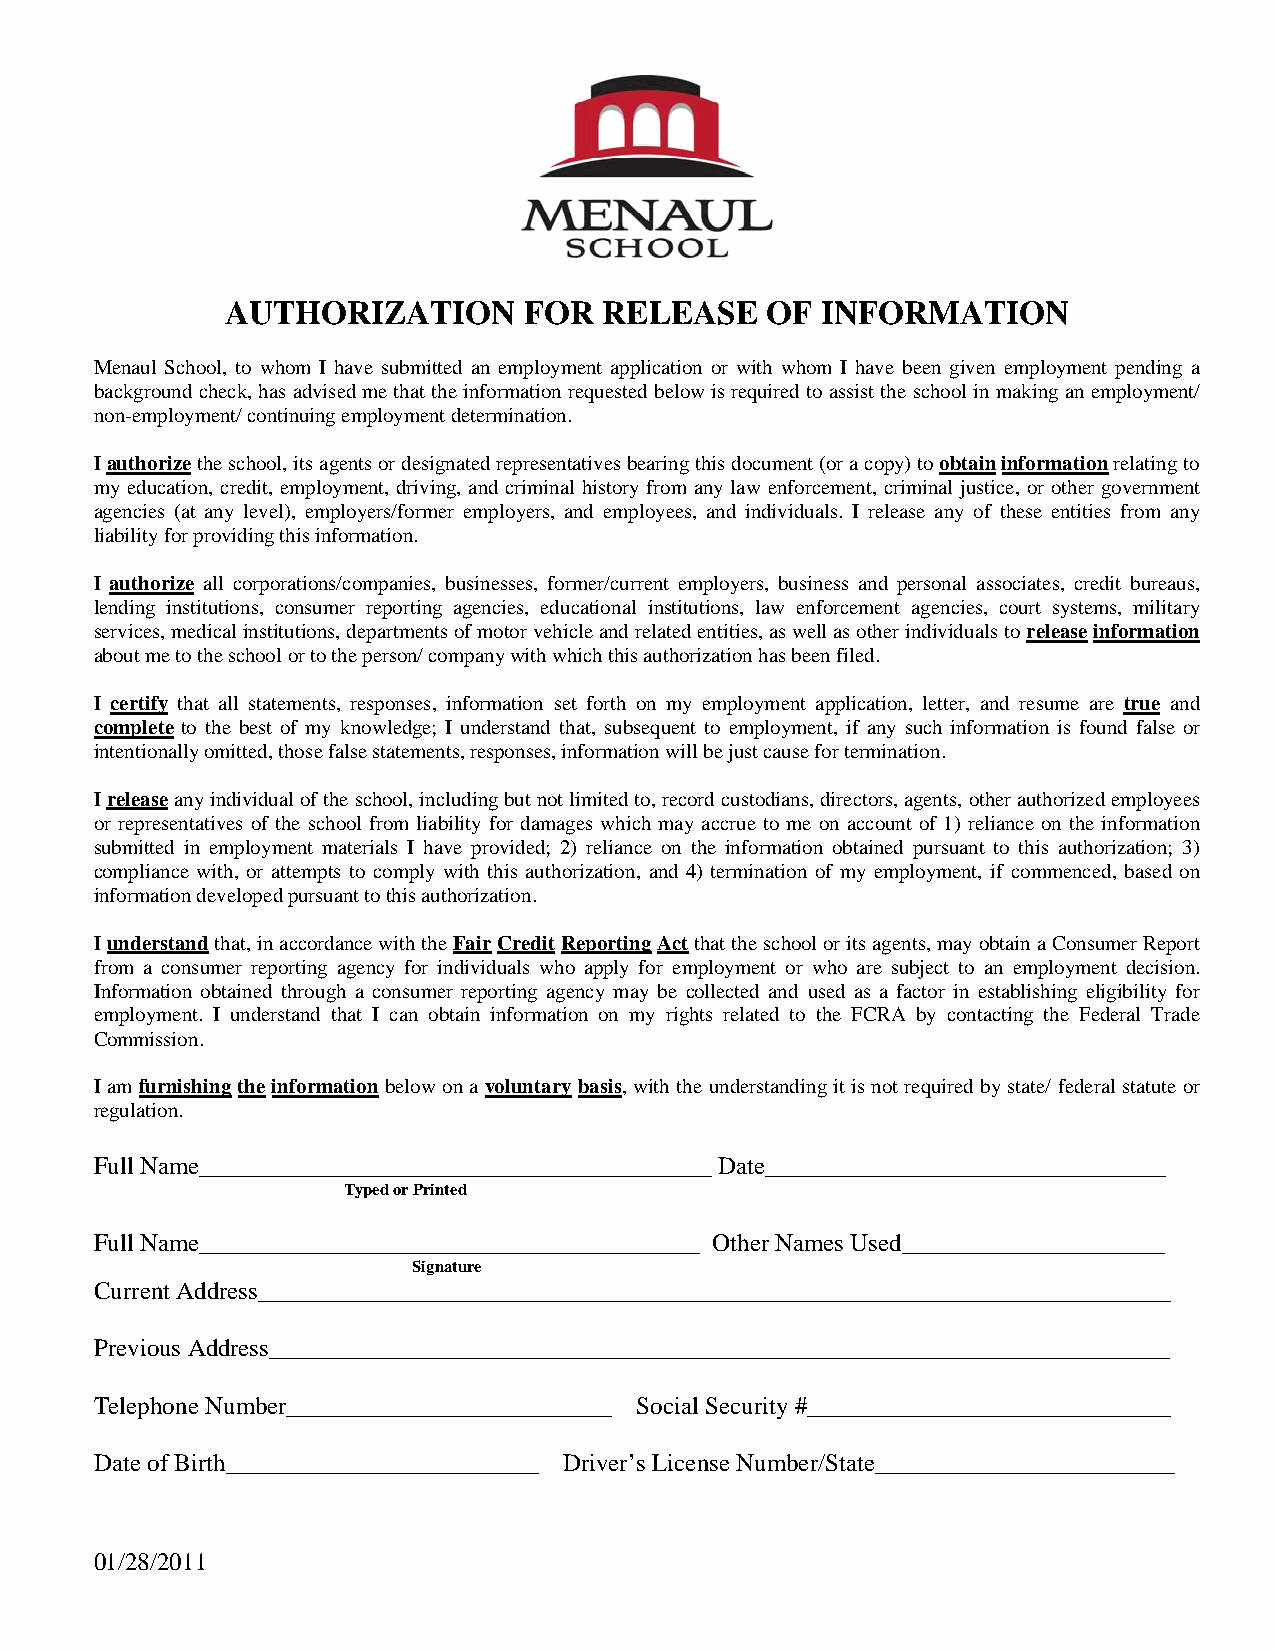
AUTHORIZATION       FOR  RELEASE    OF INFORMATION
 Menaul School, to whom I have submitted an employment application or with whom I have been given employment pending a
 background check, has advised me that the information requested below is required to assist the school in making an employment/
 non-employment/ continuing employment determination.
 I authorize the school, its agents or designated representatives bearing this document (or a copy) to obtain information relating to
 my education, credit, employment, driving, and criminal history from any law enforcement, criminal justice, or other government
 agencies (at any level), employers/former employers, and employees, and individuals. I release any of these entities from any
 liability for providing this information.
 I authorize all corporations/companies, businesses, former/current employers, business and personal associates, credit bureaus,
 lending institutions, consumer reporting agencies, educational institutions, law enforcement agencies, court systems, military
 services, medical institutions, departments of motor vehicle and related entities, as well as other individuals to release information
 about me to the school or to the person/ company with which this authorization has been filed.
 I certify that all statements, responses, information set forth on my employment application, letter, and resume are true and
 complete to the best of my knowledge; I understand that, subsequent to employment, if any such information is found false or
 intentionally omitted, those false statements, responses, information will be just cause for termination.
 I release any individual of the school, including but not limited to, record custodians, directors, agents, other authorized employees
 or representatives of the school from liability for damages which may accrue to me on account of 1) reliance on the information
 submitted in employment materials I have provided; 2) reliance on the information obtained pursuant to this authorization; 3)
 compliance with, or attempts to comply with this authorization, and 4) termination of my employment, if commenced, based on
 information developed pursuant to this authorization.
 I understand that, in accordance with the Fair Credit Reporting Act that the school or its agents, may obtain a Consumer Report
 from a consumer reporting agency for individuals who apply for employment or who are subject to an employment decision.
 Information obtained through a consumer reporting agency may be collected and used as a factor in establishing eligibility for
 employment. I understand that I can obtain information on my rights related to the FCRA by contacting the Federal Trade
 Commission.
 I am furnishing the information below on a voluntary basis, with the understanding it is not required by state/ federal statute or
 regulation.
 Full Name_________________________________________ Date________________________________
 Typed or Printed
 Full Name________________________________________ Other Names Used_____________________
 Signature
 Current Address_________________________________________________________________________
 Previous Address________________________________________________________________________
 Telephone Number__________________________ Social Security #_____________________________
 Date of Birth_________________________ Driver’s License Number/State________________________
 01/28/2011